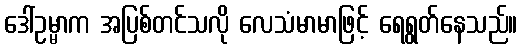
ဒေါ်ဥမ္မာက အပြစ်တင်သလို လေသံမာမာဖြင့် ရေရွတ်နေသည်။